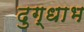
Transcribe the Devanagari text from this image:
दुग्धाभ